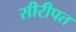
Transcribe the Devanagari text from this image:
सीरीपत